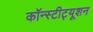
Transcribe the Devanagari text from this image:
कॉन्‍स्‍टीट्यूशन